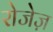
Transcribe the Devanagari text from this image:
रोजेज़